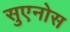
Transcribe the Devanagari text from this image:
सुएनोस